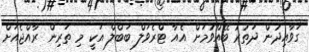
ގަވާއިދުން ދަތުރު ބޭއްވުމަށް އެއާ ޓްރެވަލް ބަބްލް އަކީ މި ތަރިން ރާއްޖެއަށް